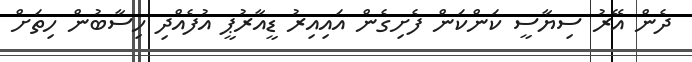
ދެން އޭރު ސިޔާސީ ކަންކަން ފެށިގެން އައިއިރު ޑީއާރުޕީ އުފެއްދި ހިސާބުން ހިތަށް